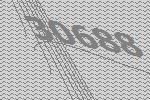
30688